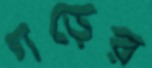
গড়ের